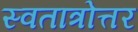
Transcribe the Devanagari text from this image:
स्वतात्रोत्तर